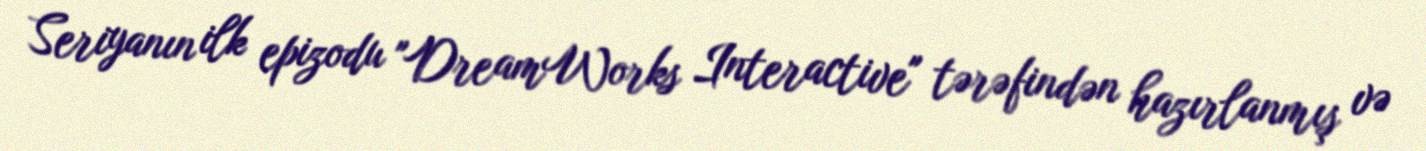
Seriyanın ilk epizodu "DreamWorks Interactive" tərəfindən hazırlanmış və